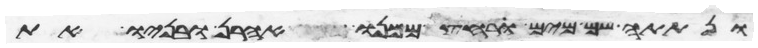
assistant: ונתתה שם מים ורחץ ממנו אהרן ובניו את